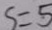
S = 5